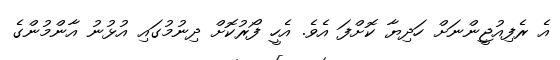
އެ ރެފިއުޖީންނަށް ހަދިޔާ ކޮށްފަ އެވެ. އެހީ ފޯރުކޮށް ދިނުމުގައި އުޅުނު އާންމުންގެ